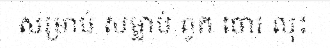
សម្រាប់ សម្លាប់ ពួក ចោរ លុះ